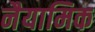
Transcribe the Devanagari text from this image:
नैयामिक